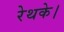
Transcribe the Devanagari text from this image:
रेथके।